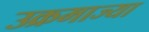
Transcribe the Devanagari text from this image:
उक्रमाज्या